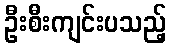
ဦးစီးကျင်းပသည့်